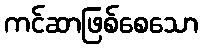
ကင်ဆာဖြစ်စေသော